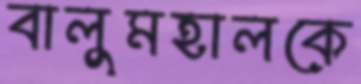
বালুমহালকে